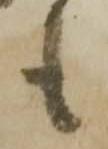
も